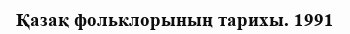
Қазақ фольклорының тарихы. 1991